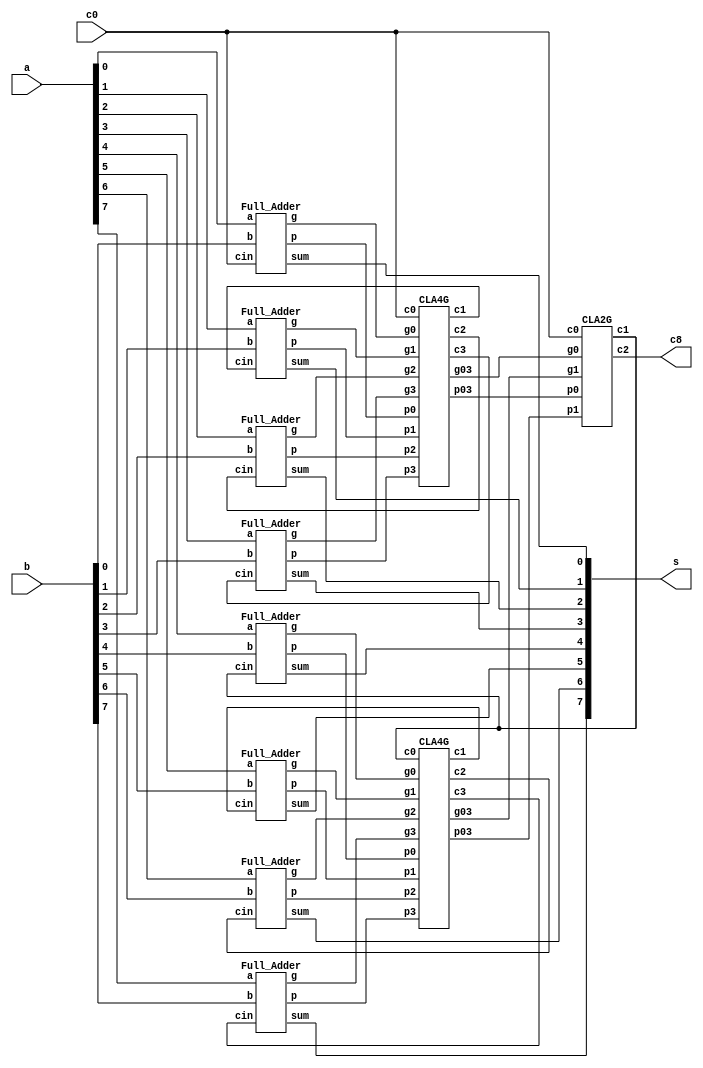
`timescale 1ns/1ps

module Carry_Look_Ahead_Adder_8bit(a, b, c0, s, c8);
input [7:0] a, b;
input c0;
output [7:0] s;
output c8;
wire [7:0] p, g;
wire c1, c2, c3, c4, c5, c6, c7, g03, p03, g47, p47;
Full_Adder f1(a[0], b[0], c0, s[0], p[0], g[0]);
Full_Adder f2(a[1], b[1], c1, s[1], p[1], g[1]);
Full_Adder f3(a[2], b[2], c2, s[2], p[2], g[2]);
Full_Adder f4(a[3], b[3], c3, s[3], p[3], g[3]);

CLA4G q1(p[0], g[0], p[1], g[1], p[2], g[2], p[3], g[3], c0, c1, c2, c3, g03, p03);
CLA2G qq1(p03, g03, p47, g47, c0, c4, c8);

CLA4G q2(p[4], g[4], p[5], g[5], p[6], g[6], p[7], g[7], c4, c5, c6, c7, g47, p47);

Full_Adder f5(a[4], b[4], c4, s[4], p[4], g[4]);
Full_Adder f6(a[5], b[5], c5, s[5], p[5], g[5]);
Full_Adder f7(a[6], b[6], c6, s[6], p[6], g[6]);
Full_Adder f8(a[7], b[7], c7, s[7], p[7], g[7]);


endmodule

module CLA2G(p0, g0, p1, g1, c0, c1, c2);
input p0, g0, p1, g1, c0;
output c1, c2;
wire tmp1, tmp2, c1tmp;
AND_nand and1(tmp1, p0, c0);
OR_nand and2(c1, g0, tmp1);
OR_nand and3(c1tmp, g0, tmp1);

AND_nand and4(tmp2, p1, c1tmp);
OR_nand and5(c2, g1, tmp2);

endmodule

module CLA4G(p0, g0, p1, g1, p2, g2, p3, g3, c0, c1, c2, c3, g03, p03);
input p0, g0, p1, g1, p2, g2, p3, g3, c0;
output c1, c2, c3, g03, p03;
wire tmp1, c1tmp;
wire tmp2, c2tmp;
wire tmp3;
//wire tmp4, c4tmp;
AND_nand and1(tmp1, p0, c0);
OR_nand and2(c1, g0, tmp1);
OR_nand and3(c1tmp, g0, tmp1);

AND_nand and4(tmp2, p1, c1tmp);
OR_nand and5(c2, g1, tmp2);
OR_nand and6(c2tmp, g1, tmp2);

AND_nand and7(tmp3, p2, c2tmp);
OR_nand and8(c3, g2, tmp3);

wire tmp4, tmp5;
AND_nand and9(tmp4, p0, p1);
AND_nand and10(tmp5, p2, p3);
AND_nand and11(p03, tmp4, tmp5);

wire tmp6, tmp7, tmp8, tmp9;
AND_nand and12(tmp6, g2, p3); //
AND_nand and13(tmp7, g1, p3);
AND_nand and14(tmp8, tmp7, p2); //
AND_nand and15(tmp9, g0, p3);
AND_nand and16(tmp10, p2, p1);
AND_nand and17(tmp11, tmp9, tmp10);//
OR_nand or1(tmp12, g3, tmp6);
OR_nand or2(tmp13, tmp8, tmp11);
OR_nand or3(g03, tmp12, tmp13);

endmodule



////////////////////////////////////////////////////////////////////////

module Full_Adder (a, b, cin, sum, p, g);
input a, b, cin;
output sum, p, g;
wire a1, a2, a3;
XOR_nand xor1(p, a, b);
XOR_nand xor2(a1, a, b);
XOR_nand xor3(sum, a1, cin);
AND_nand and1(g, a, b);

endmodule

module AND_nand(out, a, b);
    input a, b;
    output out;
    wire tmp;
    nand n1(tmp, a, b);
    nand n2(out, tmp, tmp);
    endmodule

module OR_nand(out, a, b);
    input a, b;
    output out;
    wire tmp1, tmp2;
    nand n1(tmp1, a, a);
    nand n2(tmp2, b, b);
    nand n3(out, tmp1, tmp2);
    endmodule


module NOT_nand(out, a);

    input a;
    output out;
    nand n1(out, a, a);
    endmodule


module NOR_nand(out,a, b);

    input a, b;
    output out;
    wire tmp;
    OR_nand or1(tmp, a, b);
    NOT_nand not1(out, tmp);
    endmodule


module XOR_nand(out, a, b);

    input a, b;
    output out;
    wire tmp1, tmp2, tmp3;
    nand n1(tmp1, a, b);
    nand n2(tmp2, a, tmp1);
    nand n3(tmp3, b, tmp1);
    nand n4(out, tmp2, tmp3);
    endmodule


module XNOR_nand(out, a, b);

    input a, b;
    output out;
    wire tmp;
    XOR_nand xor1(tmp, a, b);
    NOT_nand not1(out, tmp);
    endmodule